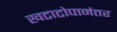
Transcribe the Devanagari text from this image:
खटाटोपानंतर